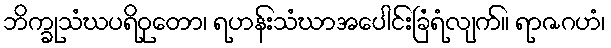
ဘိက္ခုသံဃပရိဝုတော၊ ရဟန်းသံဃာအပေါင်းခြံရံလျက်။ ရာဇဂဟံ၊